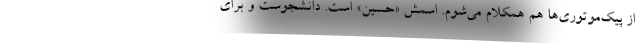
از پیک‌موتوری‌ها هم همکلام می‌شوم. اسمش «حسین» است. دانشجوست و برای